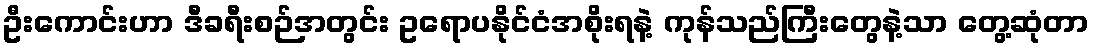
ဦးကောင်းဟာ ဒီခရီးစဉ်အတွင်း ဥရောပနိုင်ငံအစိုးရနဲ့ ကုန်သည်ကြီးတွေနဲ့သာ တွေ့ဆုံတာ